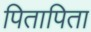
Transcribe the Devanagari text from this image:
पितापिता